Vaccination in the Punjab 1919-1929 - 1919-1929
Year: 1919
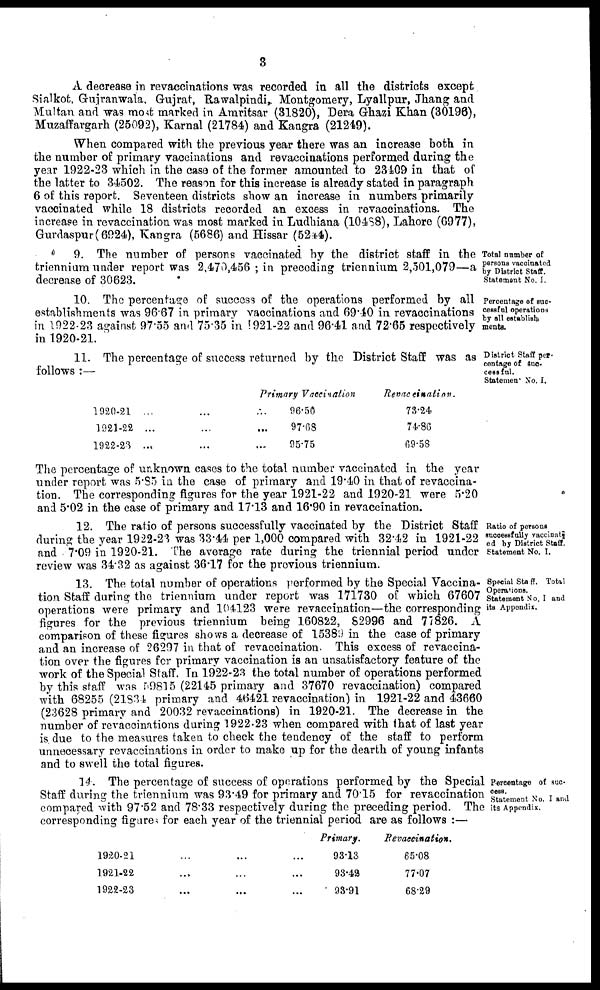
3
A decrease in revaccinations was recorded in all the districts except
Sialkot, Gujranwala, Gujrat, Rawalpindi, Montgomery, Lyallpur, Jhang and
Multan and was most marked in Amritsar (31820), Dera Ghazi Khan (30196),
Muzaffargarh (25092), Karnal (21784) and Kangra (21249).
When compared with the previous year there was an increase both in
the number of primary vaccinations and revaccinations performed during the
year 1922-23 which in the case of the former amounted to 23109 in that of
the latter to 34502. The reason for this increase is already stated in paragraph
6 of this report. Seventeen districts show an increase in numbers primarily
vaccinated while 18 districts recorded an excess in revaccinations. The
increase in revaccination was most marked in Ludhiana (10488), Lahore (6977),
Gurdaspur(6924), Kangra (5686) and Hissar (5244).
Total number of
persons vaccinated
by District Staff.
Statement No. I.
9. The number of persons vaccinated by the district staff in the
triennium under report was 2,470,456 ; in preceding triennium 2,501,079—a
decrease of 30623.
Percentage of suc-
cessful operations
by all establish-
ments.
10. The percentage of success of the operations performed by all
establishments was 96.67 in primary vaccinations and 69 10 in revaccinations
in 1922.23 against 97.55 and 75.35 in 1921-22 and 96.41 and 72.65 respectively
in 1920-21.
District Staff per-
centage of suc-
cessful.
Statemen No. I.
11. The percentage of success returned by the District Staff was as
follows :—
1920-21 ... ...
1921-22 ... ...
1922-23 ... ...
Primary Vaccination
... 96.50
... 97.68
... 95.75
Revaccination.
73.24
74.86
69.58
The percentage of unknown cases to the total number vaccinated in the year
under report was 5.85 in the case of primary and 19.40 in that of revaccina-
tion. The corresponding figures for the year 1921-22 and 1920-21 were 5.20
and 5.02 in the case of primary and 17.13 and 16.90 in revaccination.
Ratio of persons
successfully vaccinated
ed by District Staff.
Statement No. I.
12. The ratio of persons successfully vaccinated by the District Staff
during the year 1922-23 was 33.44 per 1,000 compared with 32.42 in 1921-22
and 7.09 in 1920-21. The average rate during the triennial period under
review was 34.32 as against 36.17 for the previous triennium.
Special Staff. Total
Operations.
Statement No. I and
its Appendix.
13. The total number of operations performed by the Special Vaccina-
tion Staff during the triennium under report was 171730 of which 67607
operations were primary and 104123 were revaccination—the corresponding
figures for the previous triennium being 160822, 82996 and 77826. A
comparison of these figures shows a decrease of 15389 in the case of primary
and an increase of 26297 in that of revaccination. This excess of revaccina-
tion over the figures for primary vaccination is an unsatisfactory feature of the
work of the Special Staff. In 1922-23 the total number of operations performed
by this staff was 59815 (22145 primary and 37670 revaccination) compared
with 68255 (21834 primary and 46421 revaccination) in 1921-22 and 43660
(23628 primary and 20032 revaccinations) in 1920-21. The decrease in the
number of revaccinations during 1922.23 when compared with that of last year
is due to the measures taken to check the tendency of the staff to perform
unnecessary revaccinations in order to make up for the dearth of young infants
and to swell the total figures.
Percentage of suc-
cess.
Statement No. I and
its Appendix.
14 The percentage of success of operations performed by the Special
Staff during the triennium was 93.49 for primary and 70.15 for revaccination
compared with 97.52 and 78.33 respectively during the preceding period. The
corresponding figures for each year of the triennial period are as follows :—
1920-21
1921-22
1922-23
Primary.
93.13
93.42
93.91
Revaccination.
65.08
77.07
68.29